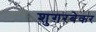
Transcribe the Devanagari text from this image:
शुगरबेकर